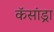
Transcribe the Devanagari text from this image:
कॅसांड्रा